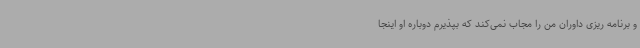
و برنامه ریزی داوران من را مجاب نمی‌کند که بپذیرم دوباره او اینجا